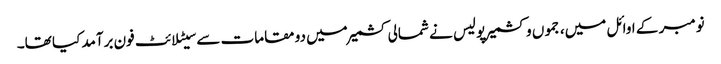
نومبر کے اوائل میں، جموں و کشمیر پولیس نے شمالی کشمیر میں دو مقامات سے سیٹلائٹ فون برآمد کیا تھا۔